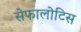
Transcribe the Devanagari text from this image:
सेफालोटिस